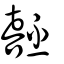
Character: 噽